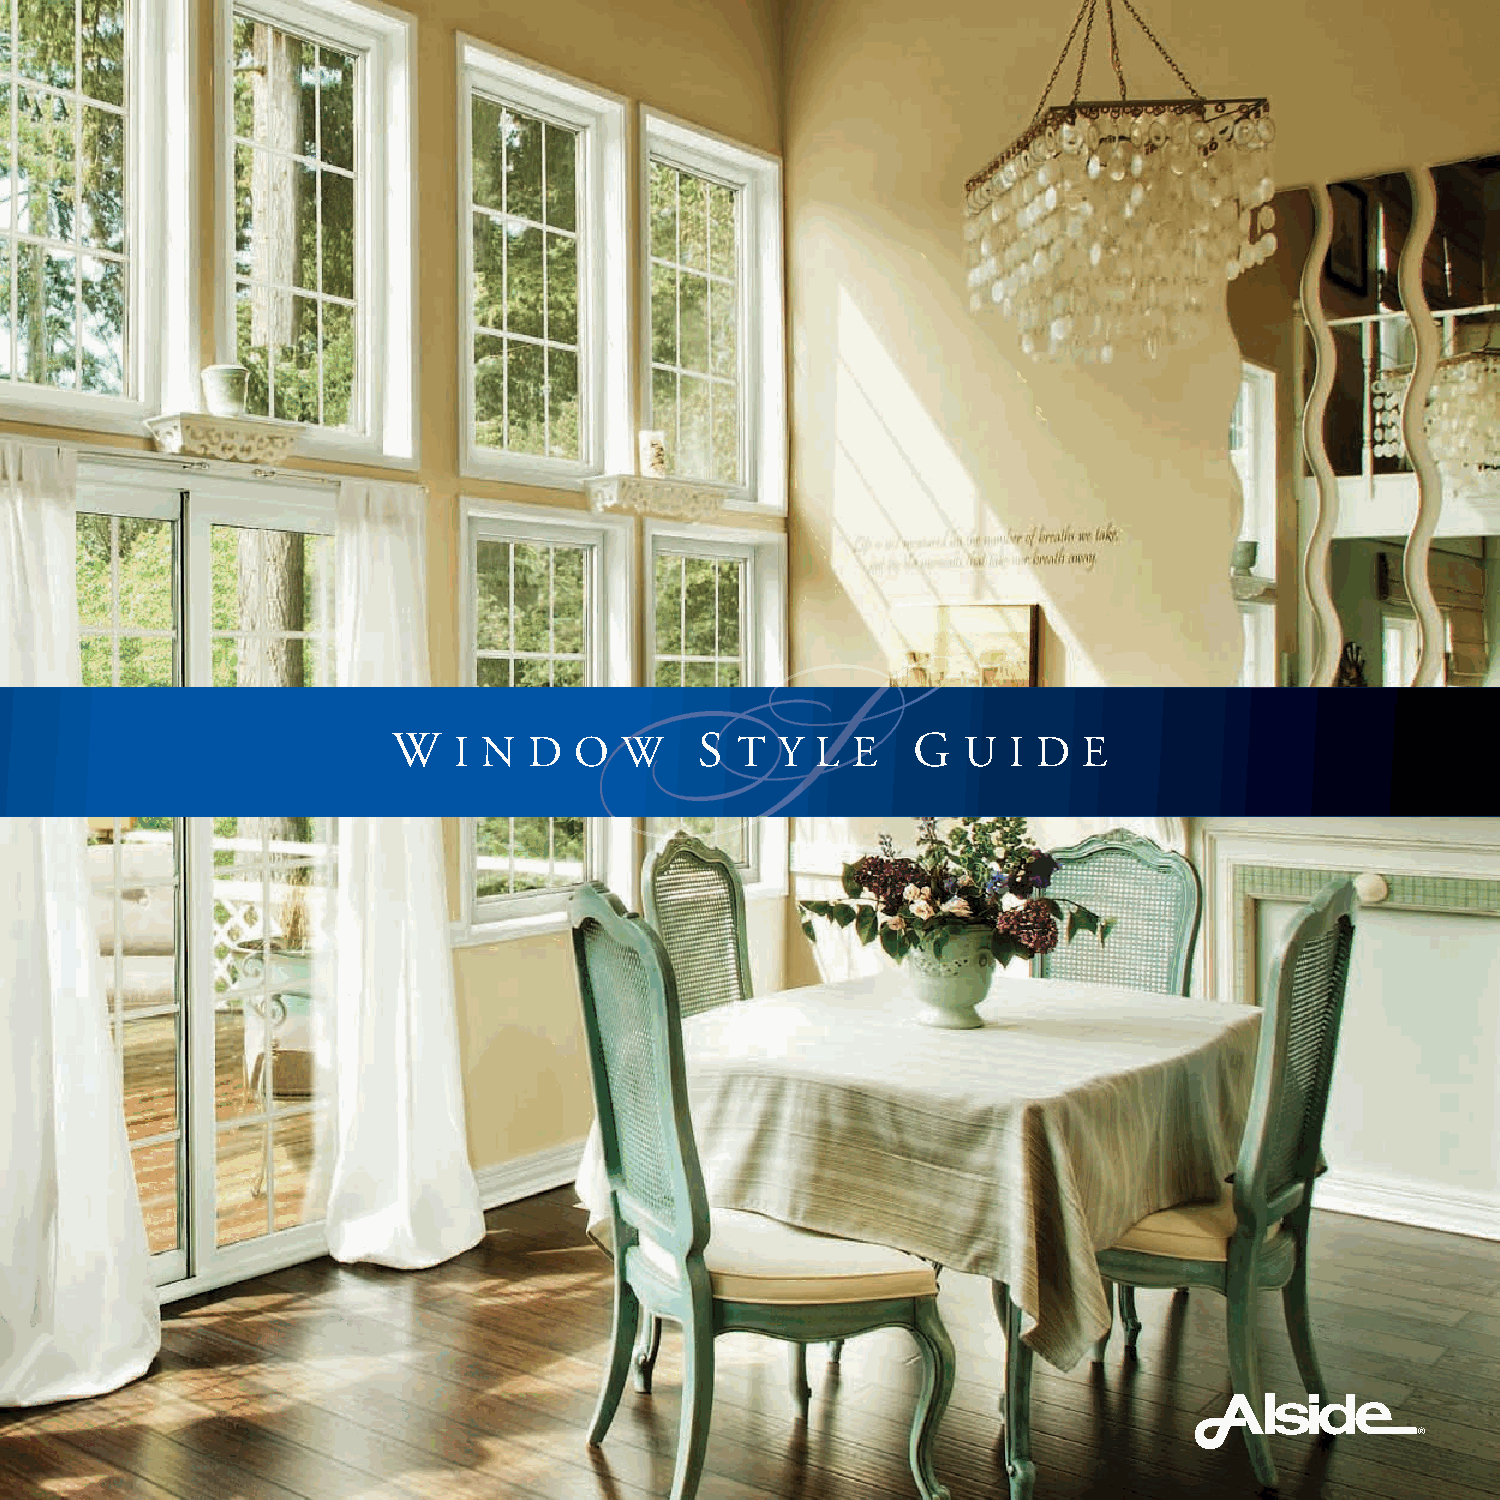
W   I N  D  O  W    S  T  Y L E   G   U  I D  E